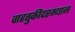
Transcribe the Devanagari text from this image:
वाहतुकीदरम्यान